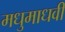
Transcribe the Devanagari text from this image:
मधुमाधवी